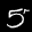
Label: 5